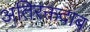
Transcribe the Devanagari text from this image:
अतिरक्तदाब